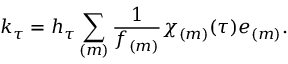
k _ { \tau } = h _ { \tau } \sum _ { ( m ) } \frac { 1 } { f _ { ( m ) } } \chi _ { ( m ) } ( \tau ) e _ { ( m ) } .